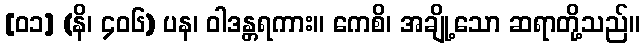
[၀၁] (နိ၊ ၄၀၆) ပန၊ ဝါဒန္တရကား။ ကေစိ၊ အချို့သော ဆရာတို့သည်။